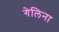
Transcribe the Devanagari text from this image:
गेलिना